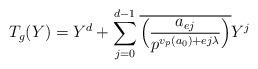
LaTeX: \begin{align*} T_g(Y)=Y^d+\sum_{j=0}^{d-1}\overline{\Big(\frac{a_{ej}}{p^{v_p(a_0)+ej\lambda}}\Big)}Y^j \end{align*}